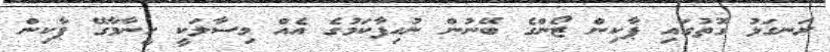
ރަނގަޅު ގޮތުގައި ޕާކިން ޒޯންގެ ބޭނުން ނުހިފާކަމުގެ އެއް މިސާލަކީ ހީނާމާގޭ ޕާކިން